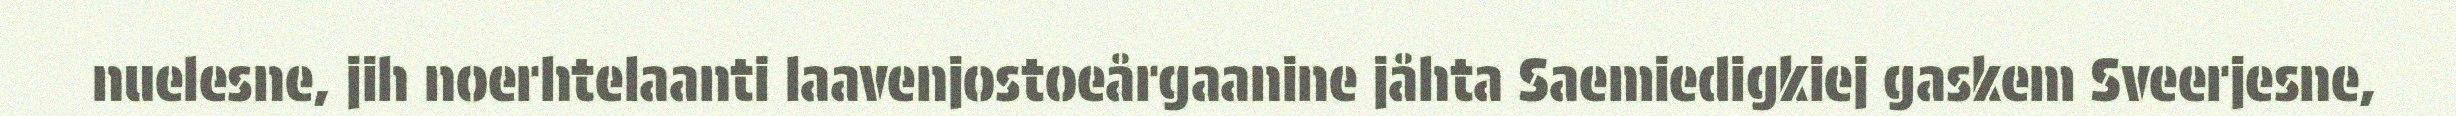
nuelesne, jih noerhtelaanti laavenjostoeårgaanine jåhta Saemiedigkiej gaskem Sveerjesne,